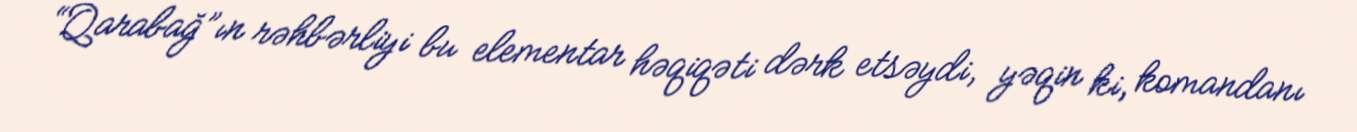
“Qarabağ”ın rəhbərliyi bu elementar həqiqəti dərk etsəydi, yəqin ki, komandanı